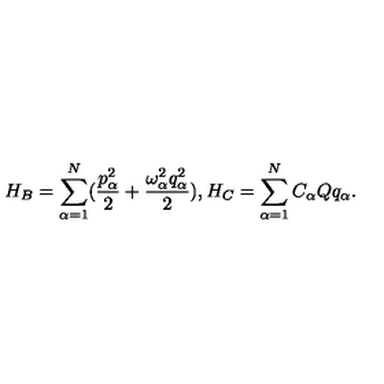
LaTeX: H _ { B } = \sum _ { \alpha = 1 } ^ { N } ( \frac { p _ { \alpha } ^ { 2 } } { 2 } + \frac { \omega _ { \alpha } ^ { 2 } q _ { \alpha } ^ { 2 } } { 2 } ) , H _ { C } = \sum _ { \alpha = 1 } ^ { N } C _ { \alpha } Q q _ { \alpha } .